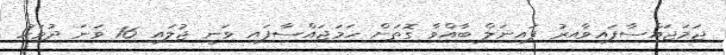
ޖަމަޖައްސާފައިވާއިރު ފައިނަލް ބާއްވާ ގޮތަށް ހަމަޖައްސާފައި ވަނީ ޖުލައި 16 ވަނަ ދުވަހު